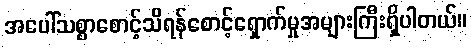
အပေါ်သစ္စာစောင့်သိရန်စောင့်ရှောက်မှုအများကြီးရှိပါတယ်။